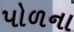
પોળના